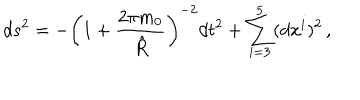
LaTeX: d s ^ { 2 } = - \left( 1 + { \frac { 2 \pi m _ { 0 } } { \hat { R } } } \right) ^ { - 2 } d t ^ { 2 } + \sum _ { i = 3 } ^ { 5 } ( d x ^ { i } ) ^ { 2 } \, ,